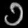
Digit: ၁